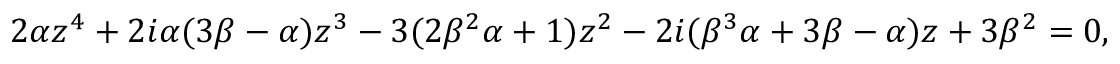
2 \alpha z ^ { 4 } + 2 i \alpha ( 3 \beta - \alpha ) z ^ { 3 } - 3 ( 2 \beta ^ { 2 } \alpha + 1 ) z ^ { 2 } - 2 i ( \beta ^ { 3 } \alpha + 3 \beta - \alpha ) z + 3 \beta ^ { 2 } = 0 ,